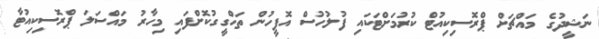
ނަޝީދުގެ މައްޗަށް ޕްރޮސިކިއުޓް ކުރުމަށްޓަކައި ފުލުހުސް އޮފީހުން ތަހްގީގުކޮށްފައި މިހާރު މައްސަލަ ޕްރޮސިކިއުޓާ